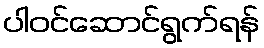
ပါဝင်ဆောင်ရွက်ရန်